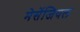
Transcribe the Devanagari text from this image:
मेसेंजियल